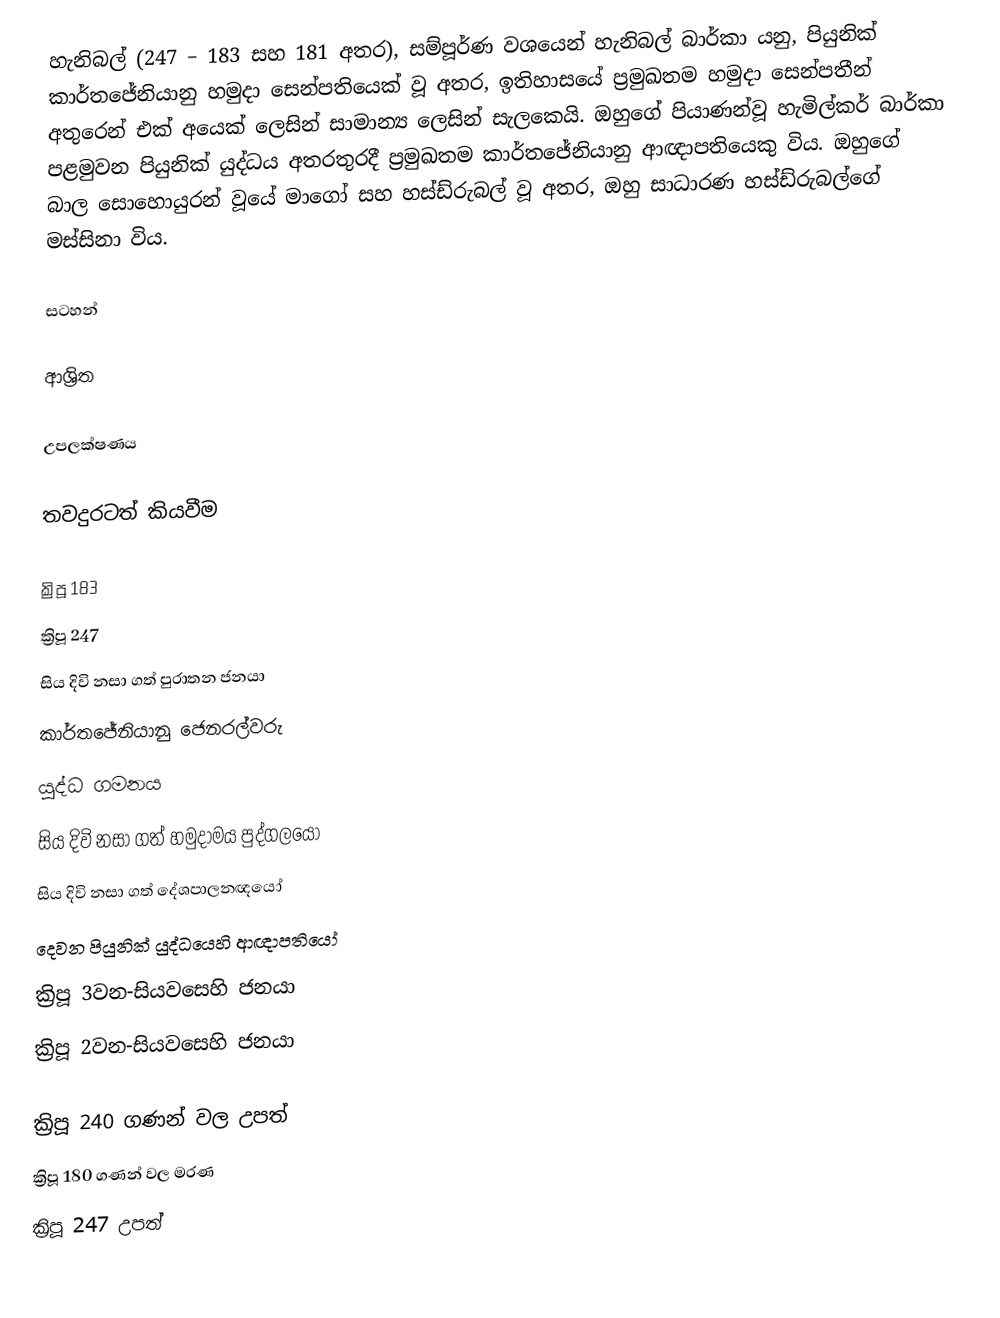
හැනිබල් (247 – 183 සහ 181 අතර), සම්පූර්ණ වශයෙන් හැනිබල් බාර්කා යනු,  පියුනික් කාර්තජේනියානු හමුදා සෙන්පතියෙක් වූ අතර, ඉතිහාසයේ ප්‍රමුඛතම හමුදා සෙන්පතීන් අතුරෙන් එක් අයෙක් ලෙසින් සාමාන්‍ය ලෙසින් සැලකෙයි. ඔහුගේ පියාණන්වූ  හැමිල්කර් බාර්කා පළමුවන පියුනික් යුද්ධය අතරතුරදී ප්‍රමුඛතම කාර්තජේනියානු ආඥාපතියෙකු විය. ඔහුගේ බාල සොහොයුරන් වූයේ  මාගෝ සහ  හස්ඩ්රුබල් වූ අතර, ඔහු   සාධාරණ හස්ඩ්රුබල්ගේ මස්සිනා විය.

සටහන්

ආශ්‍රිත

උපලක්ෂණය

තවදුරටත් කියවීම

 ක්‍රිපූ 183
 ක්‍රිපූ 247
සිය දිවි නසා ගත් පුරාතන ජනයා
කාර්තජේනියානු ජෙනරල්වරු
යුද්ධ ගමනය
සිය දිවි නසා ගත් හමුදාමය පුද්ගලයෝ
සිය දිවි නසා ගත් දේශපාලනඥයෝ
දෙවන පියුනික් යුද්ධයෙහි ආඥාපතියෝ
ක්‍රිපූ 3වන-සියවසෙහි ජනයා
ක්‍රිපූ 2වන-සියවසෙහි ජනයා

ක්‍රිපූ 240 ගණන් වල උපත්
ක්‍රිපූ 180 ගණන් වල මරණ
ක්‍රිපූ 247 උපත්